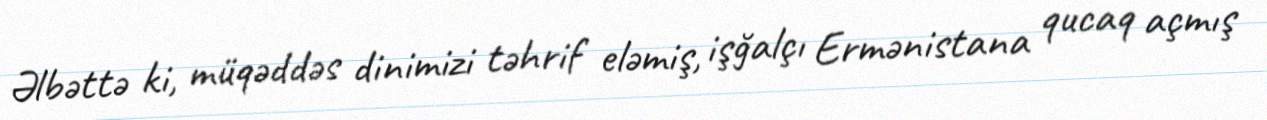
Əlbəttə ki, müqəddəs dinimizi təhrif eləmiş, işğalçı Ermənistana qucaq açmış